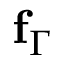
\mathbf { f } _ { \Gamma }